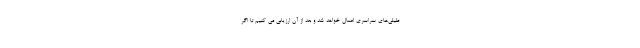
طیلی‌های سراسری اعمال خواهد شد و بعد از آن ارزیابی می کنیم تا اگر